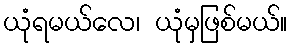
ယုံရမယ်လေ၊ ယုံမှဖြစ်မယ်။